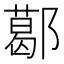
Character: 𨞛